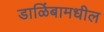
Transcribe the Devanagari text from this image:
डाळिंबामधील